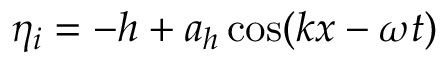
\eta _ { i } = - h + a _ { h } \cos ( k x - \omega t )